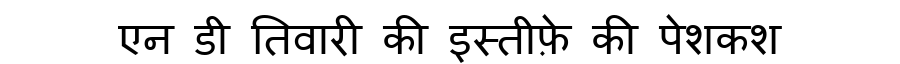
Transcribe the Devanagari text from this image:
एन डी तिवारी की इस्तीफ़े की पेशकश